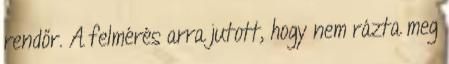
rendőr. A felmérés arra jutott, hogy nem rázta meg